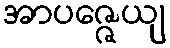
အာပဇ္ဇေယျ